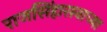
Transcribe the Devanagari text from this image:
राजसिंहासनाच्या